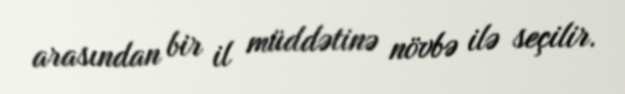
arasından bir il müddətinə növbə ilə seçilir.